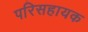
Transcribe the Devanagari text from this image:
परिसहायक